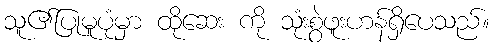
သူ၏ပြုမူပုံမှာ ထိုဆေး ကို သုံးစွဲဖူးဟန်ရှိပေသည်။